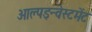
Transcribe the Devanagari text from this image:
आल्पइन्वेस्टमेंट